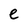
Character: e